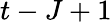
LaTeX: t-J+1